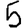
Digit: 5